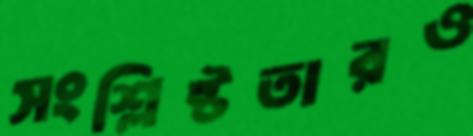
সংশ্লিষ্টতারও